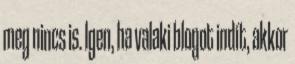
meg nincs is. Igen, ha valaki blogot indít, akkor